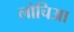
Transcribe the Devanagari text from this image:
लोचिआ